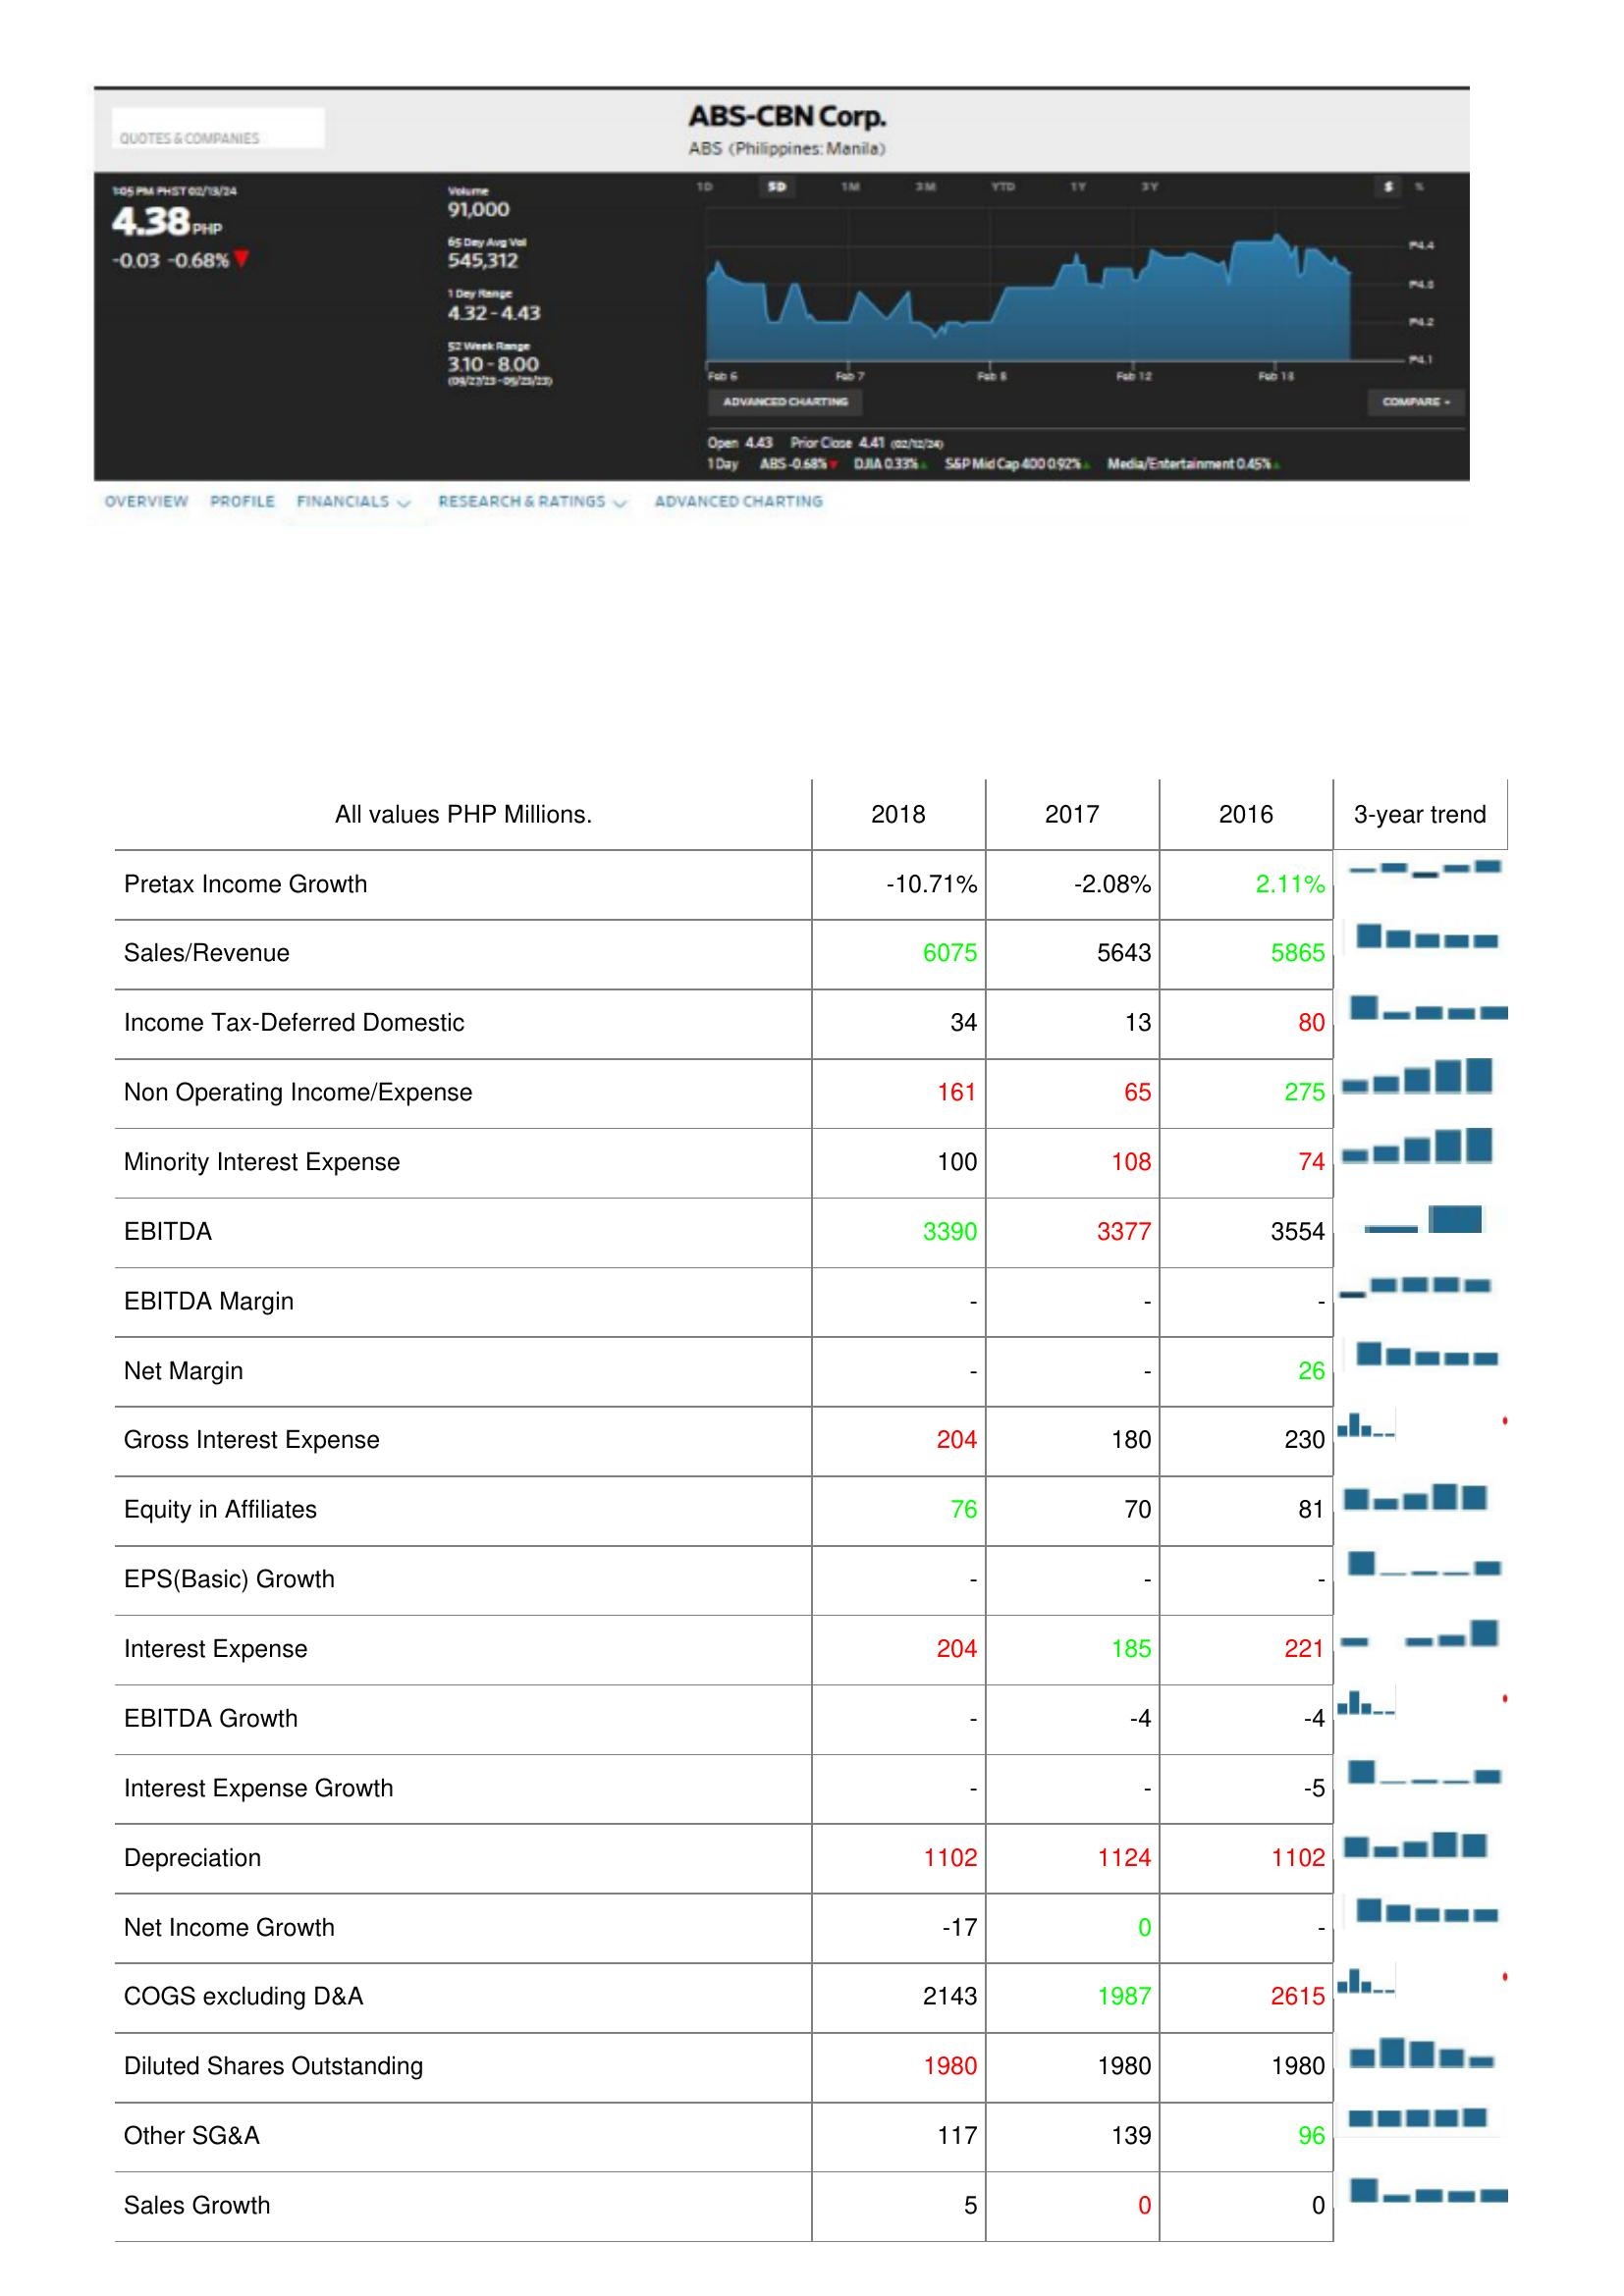
2018: : Pretax Income Growth: -10.71%
Sales/Revenue: 6075
Income Tax-Deferred Domestic: 34
Non Operating Income/Expense: 161
Minority Interest Expense: 100
EBITDA: 3390
EBITDA Margin: -
Net Margin: -
Gross Interest Expense: 204
Equity in Affiliates: 76
EPS(Basic) Growth: -
Interest Expense: 204
EBITDA Growth: -
Interest Expense Growth: -
Depreciation: 1102
Net Income Growth: -17
COGS excluding D&A: 2143
Diluted Shares Outstanding: 1980
Other SG&A: 117
Sales Growth: 5
2017: : Pretax Income Growth: -2.08%
Sales/Revenue: 5643
Income Tax-Deferred Domestic: 13
Non Operating Income/Expense: 65
Minority Interest Expense: 108
EBITDA: 3377
EBITDA Margin: -
Net Margin: -
Gross Interest Expense: 180
Equity in Affiliates: 70
EPS(Basic) Growth: -
Interest Expense: 185
EBITDA Growth: -4
Interest Expense Growth: -
Depreciation: 1124
Net Income Growth: 0
COGS excluding D&A: 1987
Diluted Shares Outstanding: 1980
Other SG&A: 139
Sales Growth: 0
2016: : Pretax Income Growth: 2.11%
Sales/Revenue: 5865
Income Tax-Deferred Domestic: 80
Non Operating Income/Expense: 275
Minority Interest Expense: 74
EBITDA: 3554
EBITDA Margin: -
Net Margin: 26
Gross Interest Expense: 230
Equity in Affiliates: 81
EPS(Basic) Growth: -
Interest Expense: 221
EBITDA Growth: -4
Interest Expense Growth: -5
Depreciation: 1102
Net Income Growth: -
COGS excluding D&A: 2615
Diluted Shares Outstanding: 1980
Other SG&A: 96
Sales Growth: 0